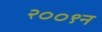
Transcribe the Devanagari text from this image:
२००९न